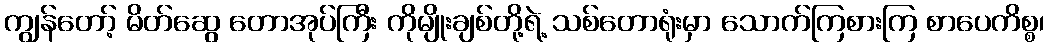
ကျွန်တော့် မိတ်ဆွေ တောအုပ်ကြီး ကိုမျိုးချစ်တို့ရဲ့ သစ်တောရုံးမှာ သောက်ကြစားကြ စာပေကိစ္စ၊